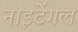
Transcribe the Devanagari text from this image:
नाइटेंगल